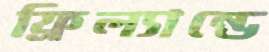
ফ্রিল্যান্ডে